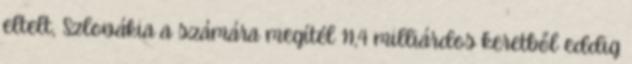
eltelt, Szlovákia a számára megítél 11,4 milliárdos keretből eddig